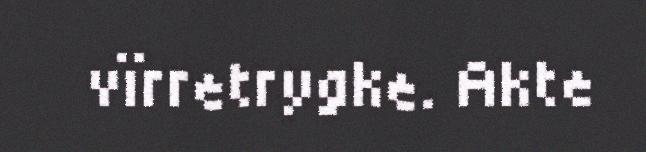
vïrretrygke. Akte